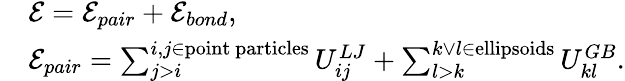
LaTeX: \begin{array}{rl}&{\mathcal{E}=\mathcal{E}_{pair}+\mathcal{E}_{bond},}\\ &{\mathcal{E}_{pair}=\sum_{j>i}^{i,j\in\mathrm{point~particles}}U_{ij}^{LJ}+\sum_{l>k}^{k\lor l\in\mathrm{ellipsoids}}U_{kl}^{GB}.}\end{array}